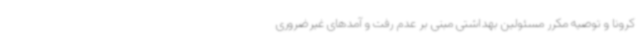
کرونا و توصیه مکرر مسئولین بهداشتی مبنی بر عدم رفت و آمدهای غیرضروری